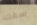
سفك